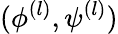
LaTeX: (\phi^{(l)},\psi^{(l)})